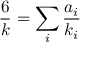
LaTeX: \frac 6 k = \sum _ { i } \frac { a _ { i } } { k _ { i } }